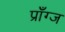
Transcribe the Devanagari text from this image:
प्राँग्ज